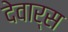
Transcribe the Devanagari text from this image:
देवार्स